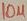
Text: 10µ